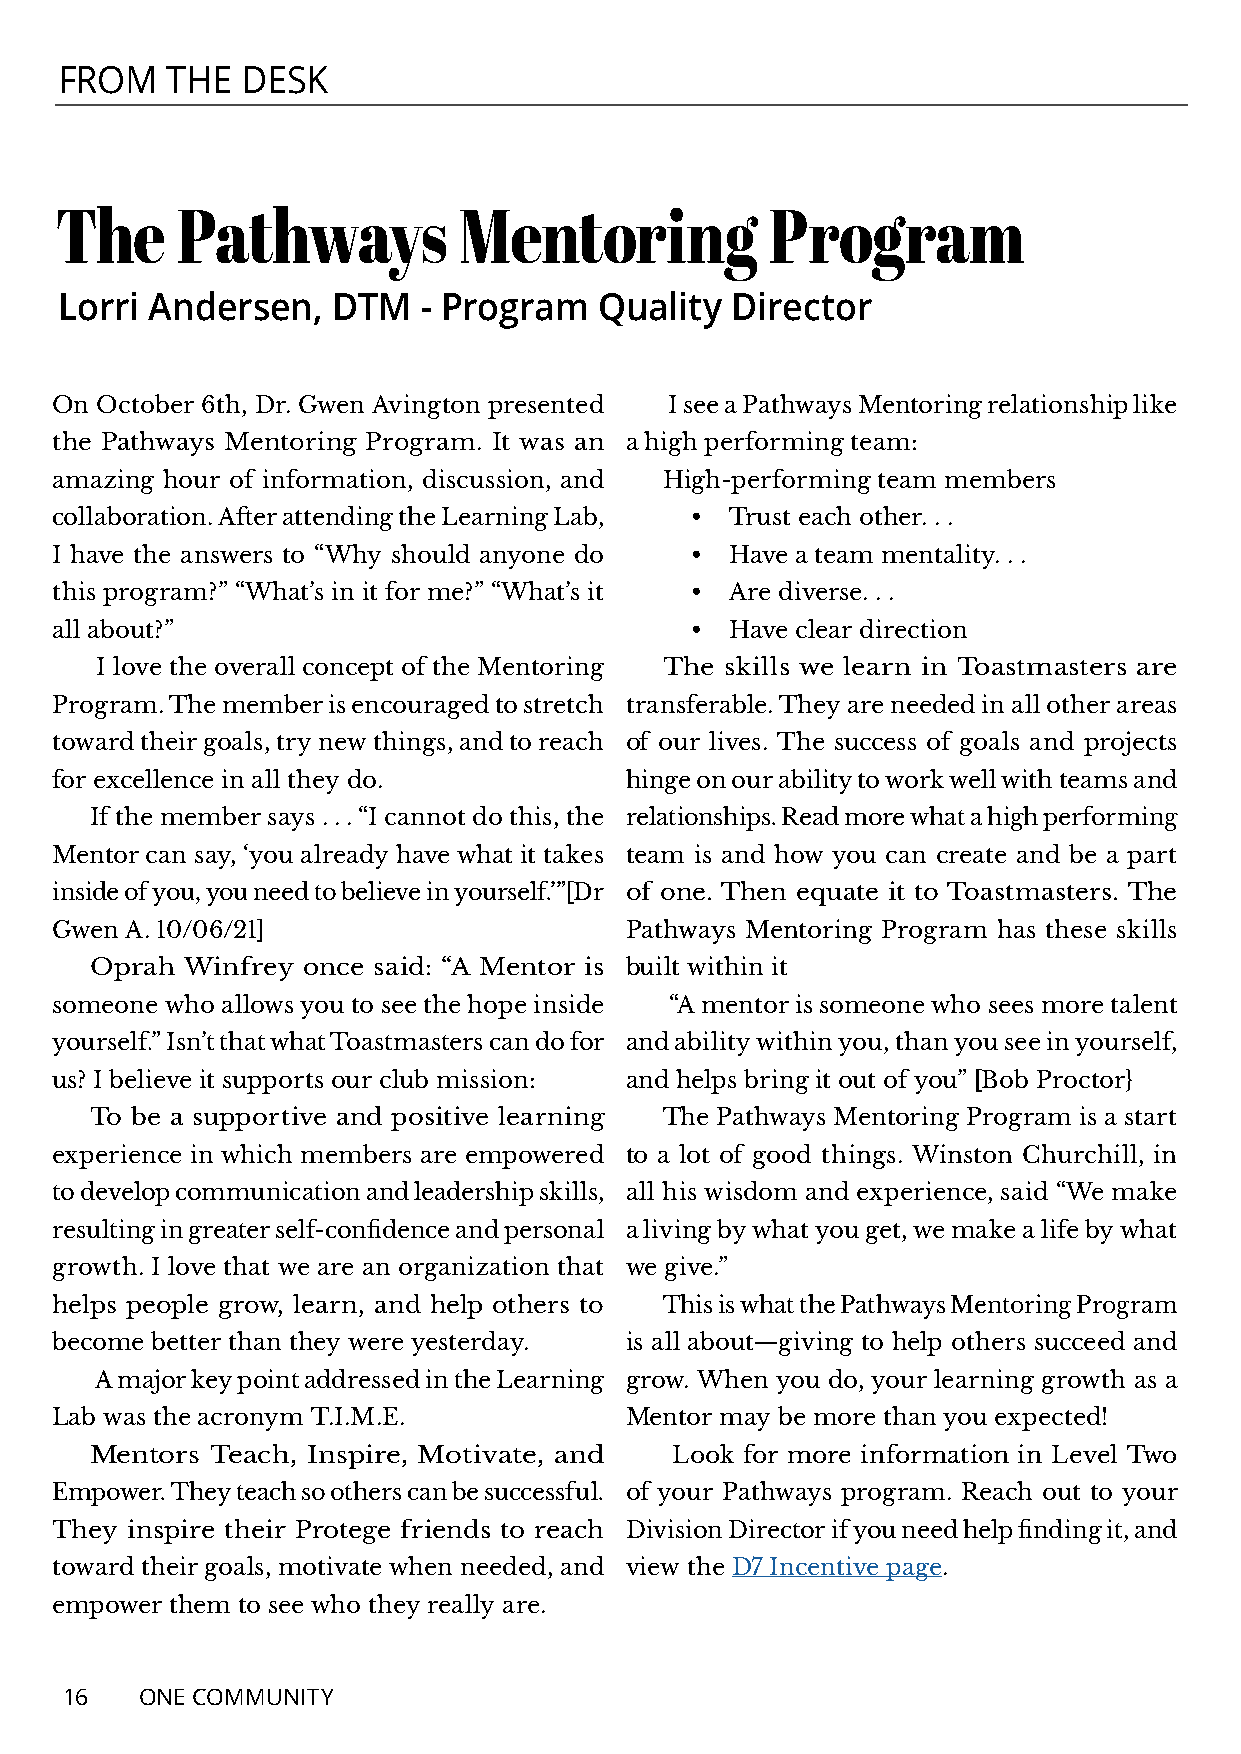
FROM   THE  DESK
 The     Pathways          Mentoring            Program
 Lorri Andersen,   DTM   - Program   Quality Director
 On October 6th, Dr. Gwen Avington presented I see a Pathways Mentoring relationship like
 the Pathways Mentoring Program. It was an a high performing team:
 amazing hour of information, discussion, and High-performing team members
 collaboration. After attending the Learning Lab, • Trust each other. . .
 I have the answers to “Why should anyone do • Have a team mentality. . .
 this program?” “What’s in it for me?” “What’s it • Are diverse. . .
 all about?”                                • Have clear direction
 I love the overall concept of the Mentoring The skills we learn in Toastmasters are
 Program. The member is encouraged to stretch transferable. They are needed in all other areas
 toward their goals, try new things, and to reach of our lives. The success of goals and projects
 for excellence in all they do.        hinge on our ability to work well with teams and
 If the member says . . . “I cannot do this, the relationships. Read more what a high performing
 Mentor can say, ‘you already have what it takes team is and how you can create and be a part
 inside of you, you need to believe in yourself.’”[Dr of one. Then equate it to Toastmasters. The
 Gwen A. 10/06/21]                     Pathways Mentoring Program has these skills
 Oprah Winfrey once said: “A Mentor is built within it
 someone who allows you to see the hope inside “A mentor is someone who sees more talent
 yourself.” Isn’t that what Toastmasters can do for and ability within you, than you see in yourself,
 us? I believe it supports our club mission: and helps bring it out of you” [Bob Proctor}
 To be a supportive and positive learning The Pathways Mentoring Program is a start
 experience in which members are empowered to a lot of good things. Winston Churchill, in
 to develop communication and leadership skills, all his wisdom and experience, said “We make
 resulting in greater self-confidence and personal a living by what you get, we make a life by what
 growth. I love that we are an organization that we give.”
 helps people grow, learn, and help others to This is what the Pathways Mentoring Program
 become better than they were yesterday. is all about—giving to help others succeed and
 A major key point addressed in the Learning grow. When you do, your learning growth as a
 Lab was the acronym T.I.M.E.          Mentor may be more than you expected!
 Mentors Teach, Inspire, Motivate, and Look for more information in Level Two
 Empower. They teach so others can be successful. of your Pathways program. Reach out to your
 They inspire their Protege friends to reach Division Director if you need help finding it, and
 toward their goals, motivate when needed, and view the D7 Incentive page.
 empower them to see who they really are.
 16   ONE COMMUNITY